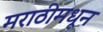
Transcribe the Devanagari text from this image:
मराठीमधून